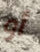
أو